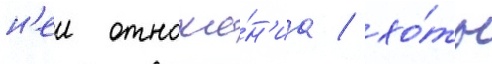
н'еи отноше́н'иа / хо́ть